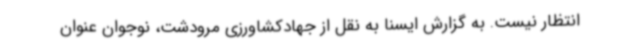
انتظار نیست. به گزارش ایسنا به نقل از جهادکشاورزی مرودشت، نوجوان عنوان